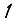
Digit: 1